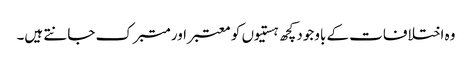
وہ اختلافات کے باوجود کچھ ہستیوں کو معتبر اور متبرک جانتے ہیں۔